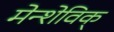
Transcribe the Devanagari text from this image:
मेन्शेविक्